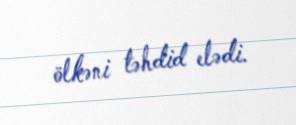
ölkəni təhdid elədi.